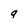
Character: q